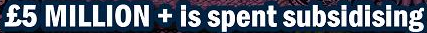
$5 MILLION +is spent subsidising